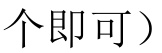
个即可）